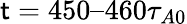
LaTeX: \mathsf{t}=450–460\tau_{A0}